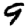
Digit: 9